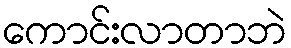
ကောင်းလာတာဘဲ